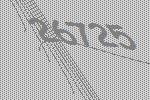
26725